Source: Handwritten
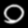
Digit: ၀ (0)